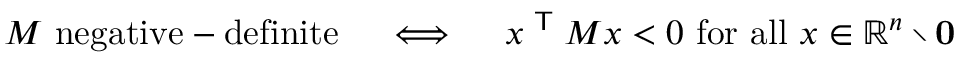
M { \mathrm { ~ n e g a t i v e - d e f i n i t e } } \quad \iff \quad x ^ { \textsf { T } } M x < 0 { \mathrm { ~ f o r ~ a l l ~ } } x \in \mathbb { R } ^ { n } \setminus \mathbf { 0 }